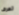
تعرف